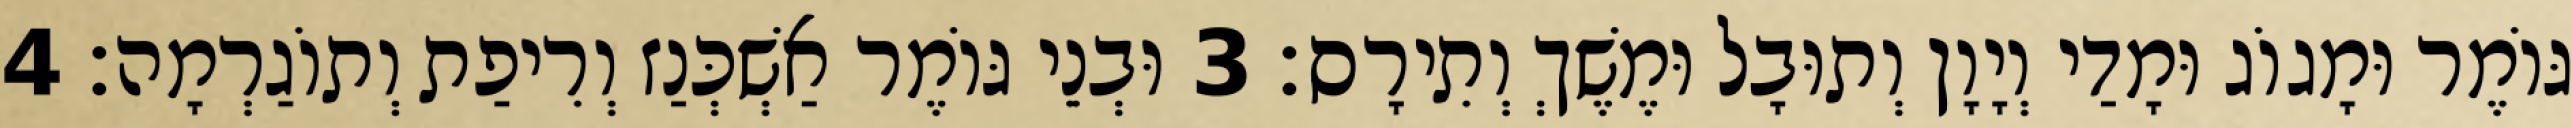
גּוֹמֶר וּמָגוֹג וּמָדַי וְיָוָן וְתוּבָל וּמֶשֶׁךְ וְתִירָס׃ 3 וּבְנֵי גּוֹמֶר אַשְׁכְּנַז וְרִיפַת וְתוֹגַרְמָה׃ 4